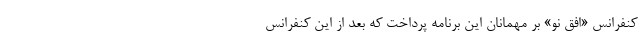
کنفرانس «افق نو» بر مهمانان این برنامه پرداخت که بعد از این کنفرانس